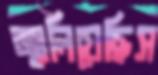
জ্বালিয়েছিস